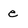
Character: e